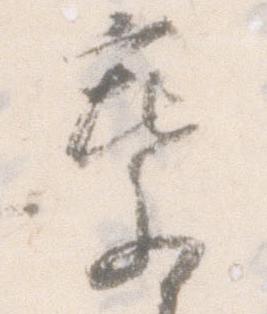
葉